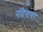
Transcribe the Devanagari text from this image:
नंदिनागर